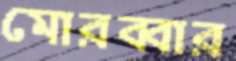
মোরব্বার